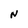
Character: N